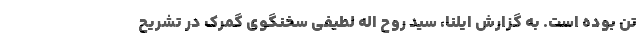
تن بوده است. به گزارش ایلنا، سید روح اله لطیفی سخنگوی گمرک در تشریح